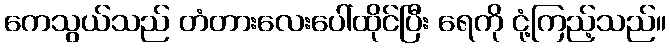
ကေသွယ်သည် တံတားလေးပေါ်ထိုင်ပြီး ရေကို ငုံ့ကြည့်သည်။